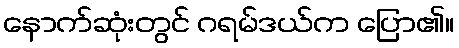
နောက်ဆုံးတွင် ဂရမ်ဒယ်က ပြော၏။